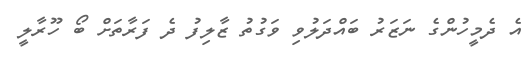
އެ ދެމީހުންގެ ނަޒަރު ބައްދަލުވި ވަގުތު ޒާލިފު ދެ ފަރާތަށް ބޯ ހޫރާލީ